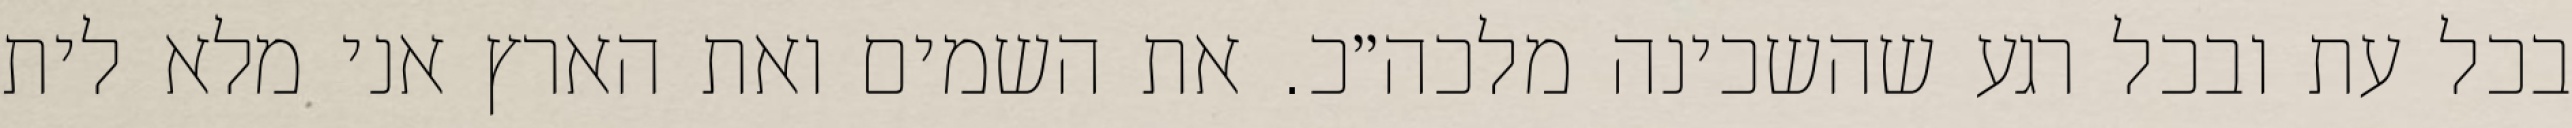
בכל עת ובכל רגע שהשכינה מלכה״כ. את השמים ואת הארץ אני מלא לית